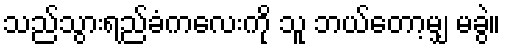
သည်သွားရည်ခံကလေးကို သူ ဘယ်တော့မျှ မခွဲ။